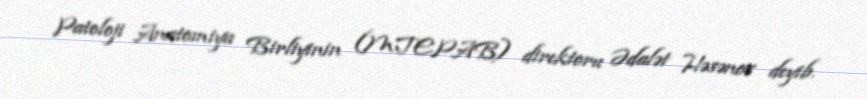
Patoloji Anatomiya Birliyinin (MTEPAB) direktoru Ədalət Həsənov deyib.